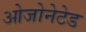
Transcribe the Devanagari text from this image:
ओजोनेटेड